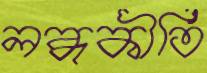
লব্ধকীর্তি